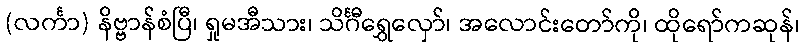
(လင်္ကာ) နိဗ္ဗာန်စံပြီ၊ ရှုမအီသား၊ သိင်္ဂီရွှေလှော်၊ အလောင်းတော်ကို၊ ထိုရော်ကဆုန်၊